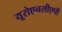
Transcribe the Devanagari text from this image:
यूरोएनसीएपी